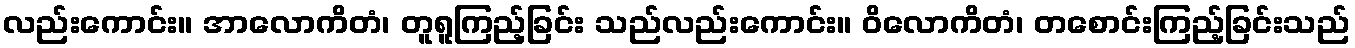
လည်းကောင်း။ အာလောကိတံ၊ တူရူကြည့်ခြင်း သည်လည်းကောင်း။ ဝိလောကိတံ၊ တစောင်းကြည့်ခြင်းသည်